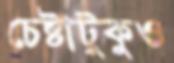
চেষ্টাটুকুও